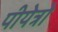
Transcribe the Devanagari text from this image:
पीयेत्रो